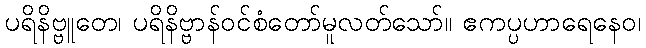
ပရိနိဗ္ဗူတေ၊ ပရိနိဗ္ဗာန်ဝင်စံတော်မူလတ်သော်။ ဧကပ္ပဟာရေနေဝ၊